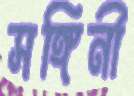
সঙ্গিনী